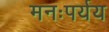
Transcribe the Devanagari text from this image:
मनःपर्यय